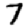
Digit: 7